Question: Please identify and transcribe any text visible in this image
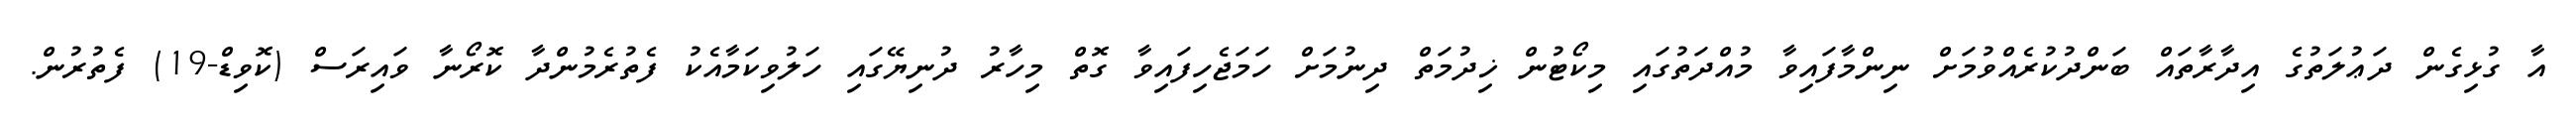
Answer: އާ ގުޅިގެން ދަޢުލަތުގެ އިދާރާތައް ބަންދުކުރެއްވުމަށް ނިންމާފައިވާ މުއްދަތުގައި މިކޯޓުން ޚިދުމަތް ދިނުމަށް ހަމަޖެހިފައިވާ ގޮތް މިހާރު ދުނިޔޭގައި ހަލުވިކަމާއެކު ފެތުރެމުންދާ ކޮރޯނާ ވައިރަސް (ކޮވިޑް-19) ފެތުރުން.